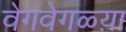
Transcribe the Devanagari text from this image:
वेगवेगळ्य़ा